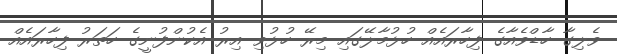
ވެލިގާ ހާޑްވެއާގެ ފިހާރައެއް ހުޅުމާލޭގައި މިރޭ ހުޅުވި އިރު އެކުންފުނީގެ ހަތަރު ފިހާރައެއް